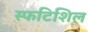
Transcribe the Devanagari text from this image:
स्फटिशिल